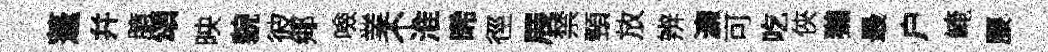
蓬幷臆頌映貌彼鄊噞業不淮晞徑展禁頸放辨濓可吃俠獺最户崦腰